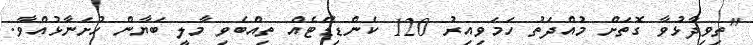
"ތިވިދާޅުވާ ގޮތަށް މުއްދަތު ހަމަވިއިރު 120 ކެންޑިޑޭޓެއް ތިއްބެވި މާލީ ބަޔާން ހުށަނާޅުއްވާ.